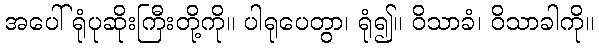
အပေါ်ရုံပုဆိုးကြီးတို့ကို။ ပါရုပေတွာ၊ ရုံ၍။ ဝိသာခံ၊ ဝိသာခါကို။